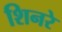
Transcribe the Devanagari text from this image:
शिनरे